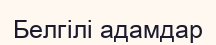
Белгілі адамдар